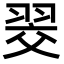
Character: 𮋂